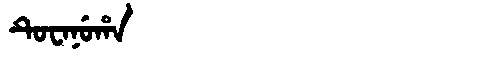
Manchu: ᡨᡠᠸᠠᠨᡠᡥᠠ
Romanization: TUWANUHA